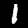
Digit: 1